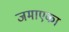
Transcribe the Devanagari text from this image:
जमाएका